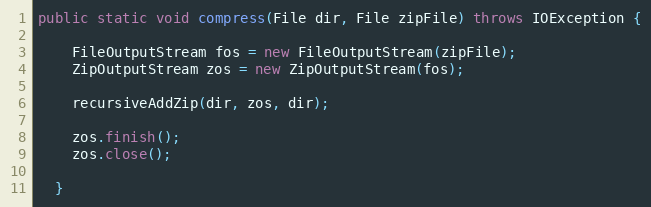
Language: Java
public static void compress(File dir, File zipFile) throws IOException {

    FileOutputStream fos = new FileOutputStream(zipFile);
    ZipOutputStream zos = new ZipOutputStream(fos);

    recursiveAddZip(dir, zos, dir);

    zos.finish();
    zos.close();

  }